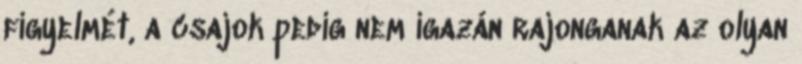
figyelmét, a csajok pedig nem igazán rajonganak az olyan